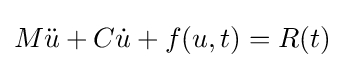
M{\ddot {u}}+C{\dot {u}}+f(u,t)=R(t)